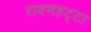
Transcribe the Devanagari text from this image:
रावणहट्टा